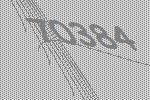
70384